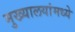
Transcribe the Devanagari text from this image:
मुख्यालयांमध्ये